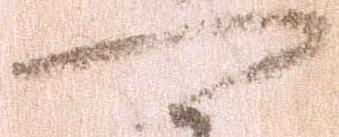
可